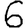
Digit: 6